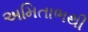
અમિતાભથી